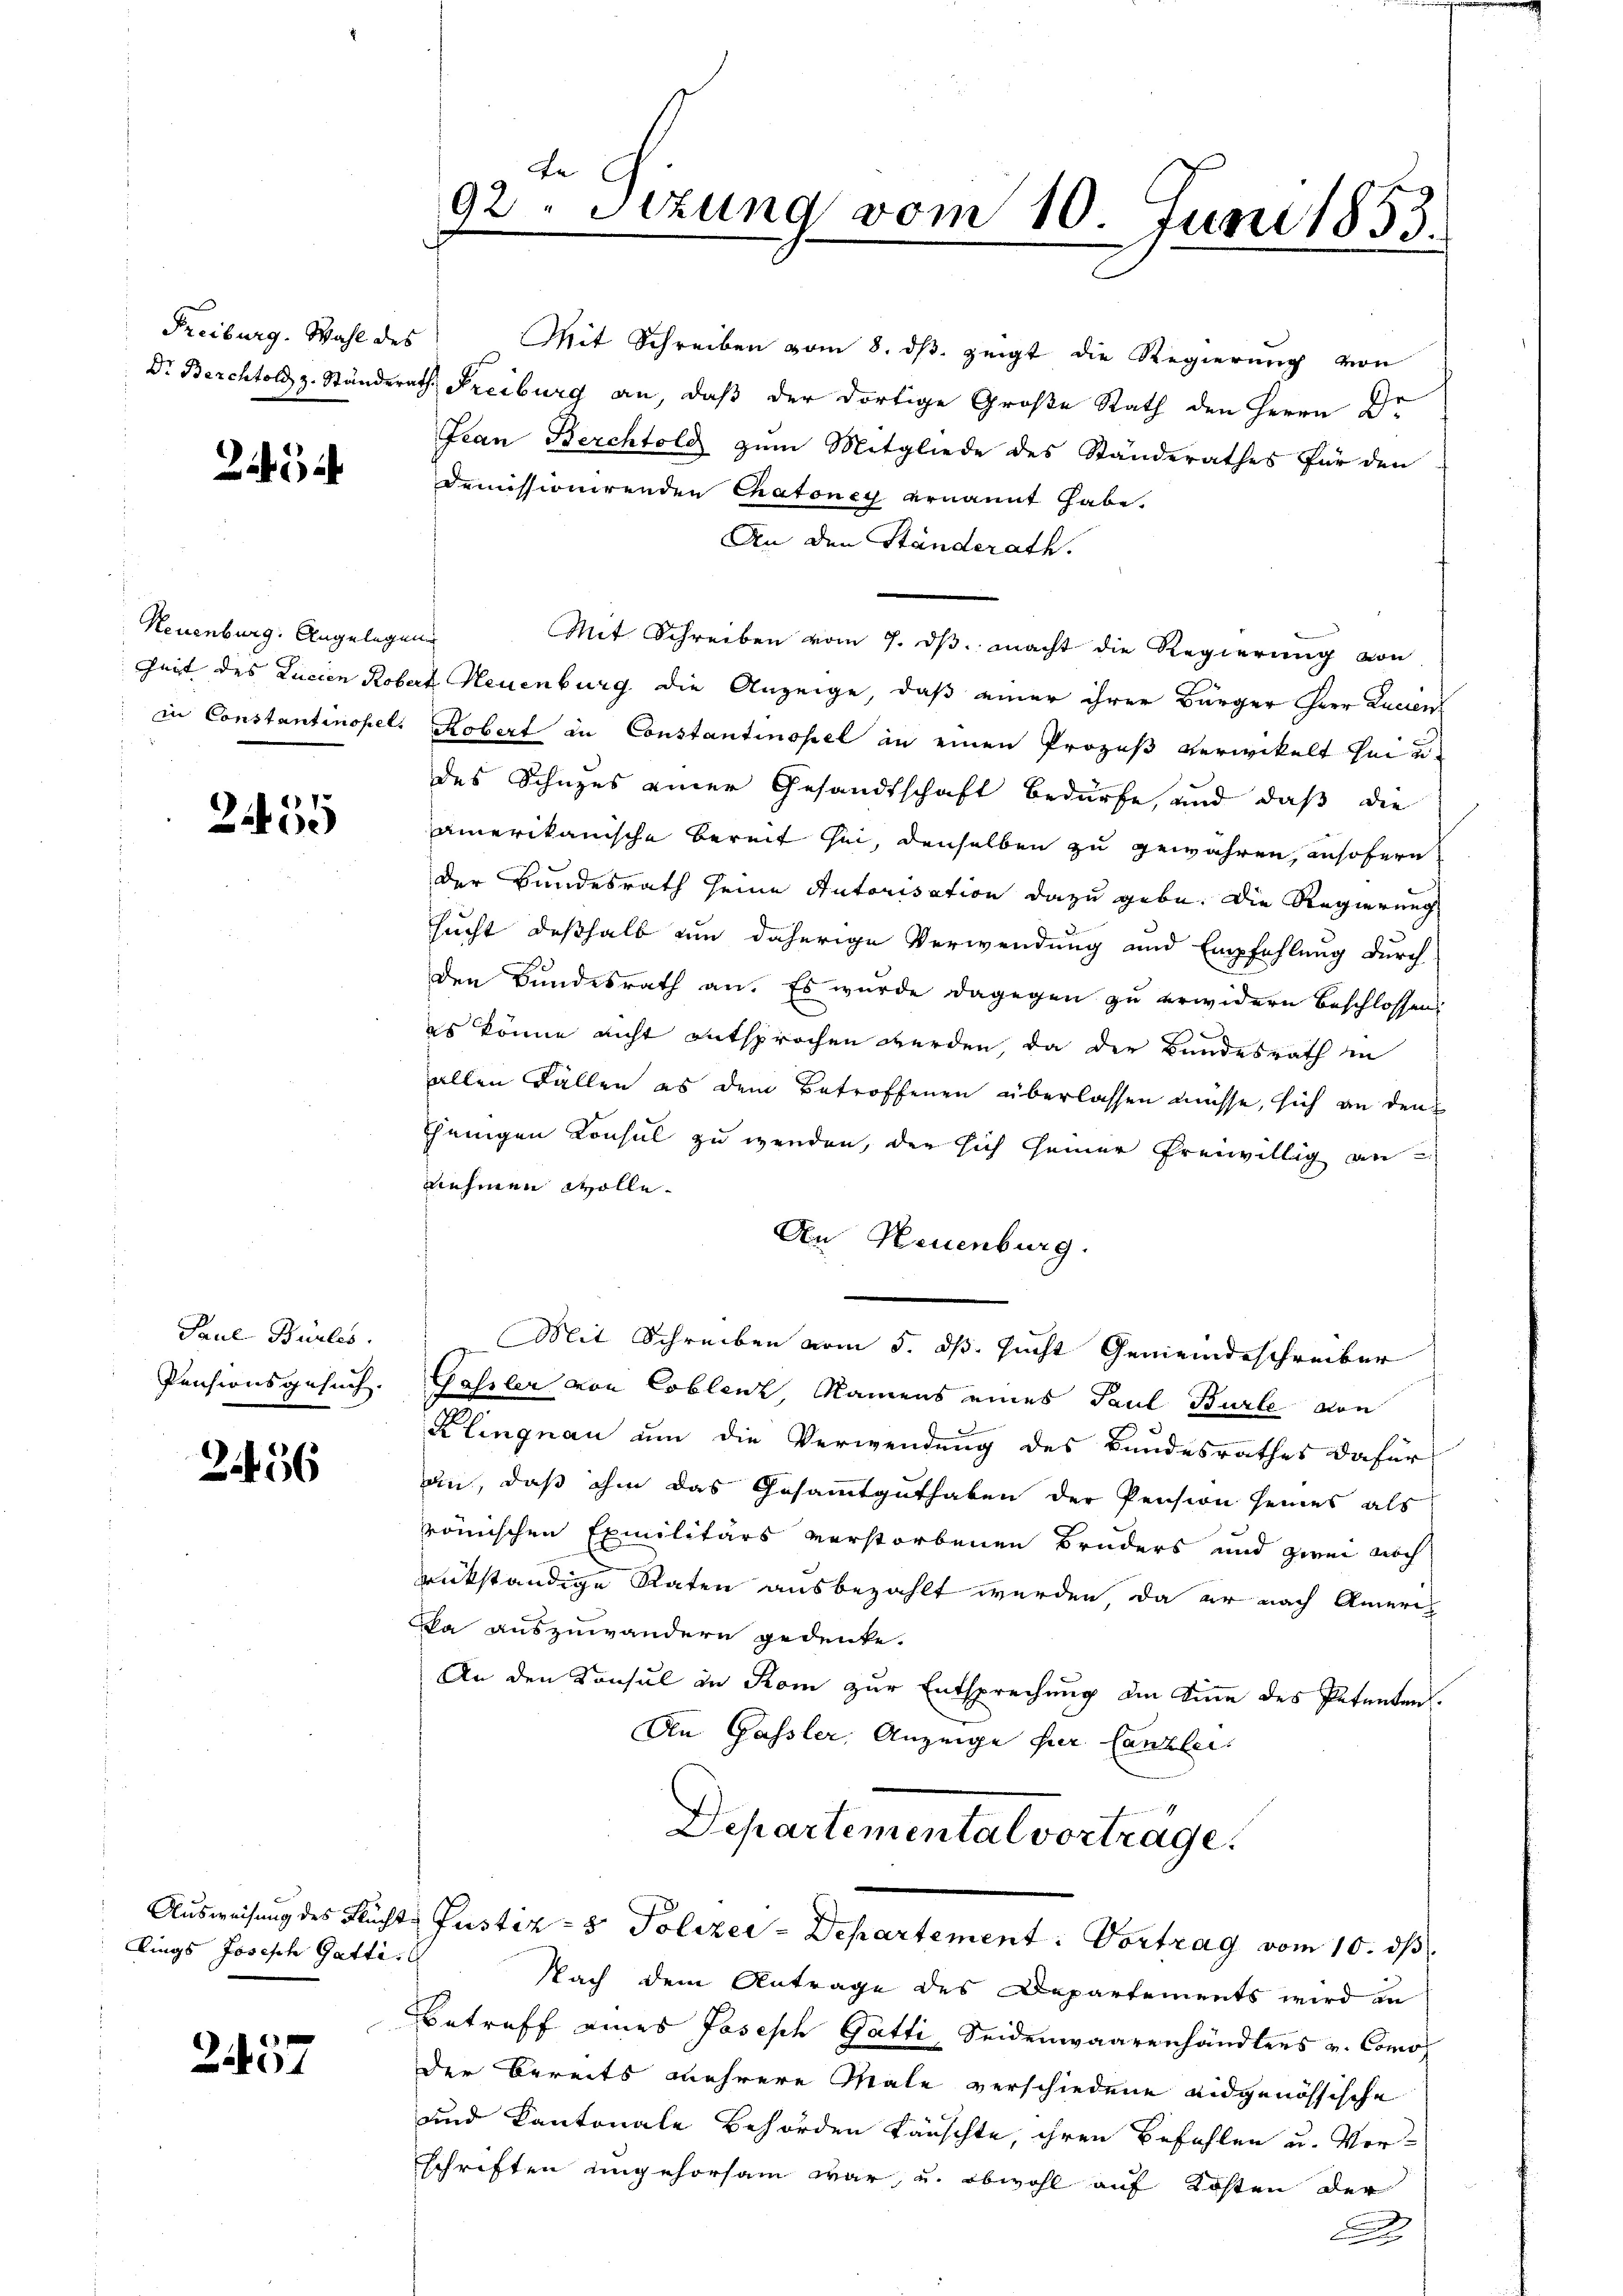
Freiburg. Wahl des

2454

Neuenburg. Angelegen

2455

Paul Bürles
Pensionsgesuch.

2456

lings Joseph Gatti

2457

te
92. Sezung vom 10. Juni 1853.

Mit Schreiben vom 8. dβ zeigt die Regierung von
Dr. Berchtold z. Ständerath, Freiburg an, daß der dortige Große Rath den Herrn Dr.
Jean Berchtold zum Mitgliede des Standerathes für den
demissionirenden Chatoney ernannt habe.
An den Ständerath.
Mit Schreiben vom 7. dβ. macht die Regierung von
Zeit des Lucien Robert Neuenburg die Anzeige, daß einer ihrer Bürger Herr Lucen
in Constantinopel. Robert in Constantinopel an einen Prozeß verwickelt sei u.
des Schuzes einer Gesandtschaft bedürfe, und daß die
amerikanische Bereit sei, denselben zu gewähren, ansofern
der Bundesrath seine Autorisation dazu gebe. Die Regierung
sucht deßhalb um daherige Verwendung und Empfehlung durch
den Bundesrath an. Es wurde dagegen zu erwidern beschlossen
es könne nicht entsprochen werden, da der Bundesrath in
allen Fällen es dem Betroffenen überlassen müsse, sich an den
jenigen Konsul zu werden, der sich seiner freiwillig an
nehmen wolle.
An Neuenburg.
Mit Schreiben vom 5. ds. sucht Gemeindeschreiber
Gassler von Coblenz, Namens eines Paul Burle von
Klingnau um die Verwendung des Bandesrathes dafür
an, daß ihm das Gesammtguthaben der Pension seines als
römischen Exmilitärs verstorbenen Bruders und zwei noch
rückständige Raten ausbezahlt werden, da er nach Ameri¬
Da auszuwändern gedenke.
An den Konsul in Rom zur Entsprechung die Sinne des Petenten.
An Gassler, Anzeige hier Canzlei.
Departementalverträge.
Ausweisung des Fluchte Justiz- & Polizei-Departement: Vortrag vom 10. ds.
Nach dem Antrage des Departements wird in
Betreff eines Joseph Gatti, Seidenwaarenhändlers v. Comol
der Bereits mehrere Male verschiedene eidgenössische
und Cantonale Behörden täuschte, ihren Befehlen u. Ver-
schriften ungehorsam war, u. obwohl auf Kosten der
.